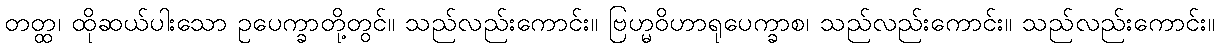
တတ္ထ၊ ထိုဆယ်ပါးသော ဥပေက္ခာတို့တွင်။ သည်လည်းကောင်း။ ဗြဟ္မဝိဟာရုပေက္ခာစ၊ သည်လည်းကောင်း။ သည်လည်းကောင်း။